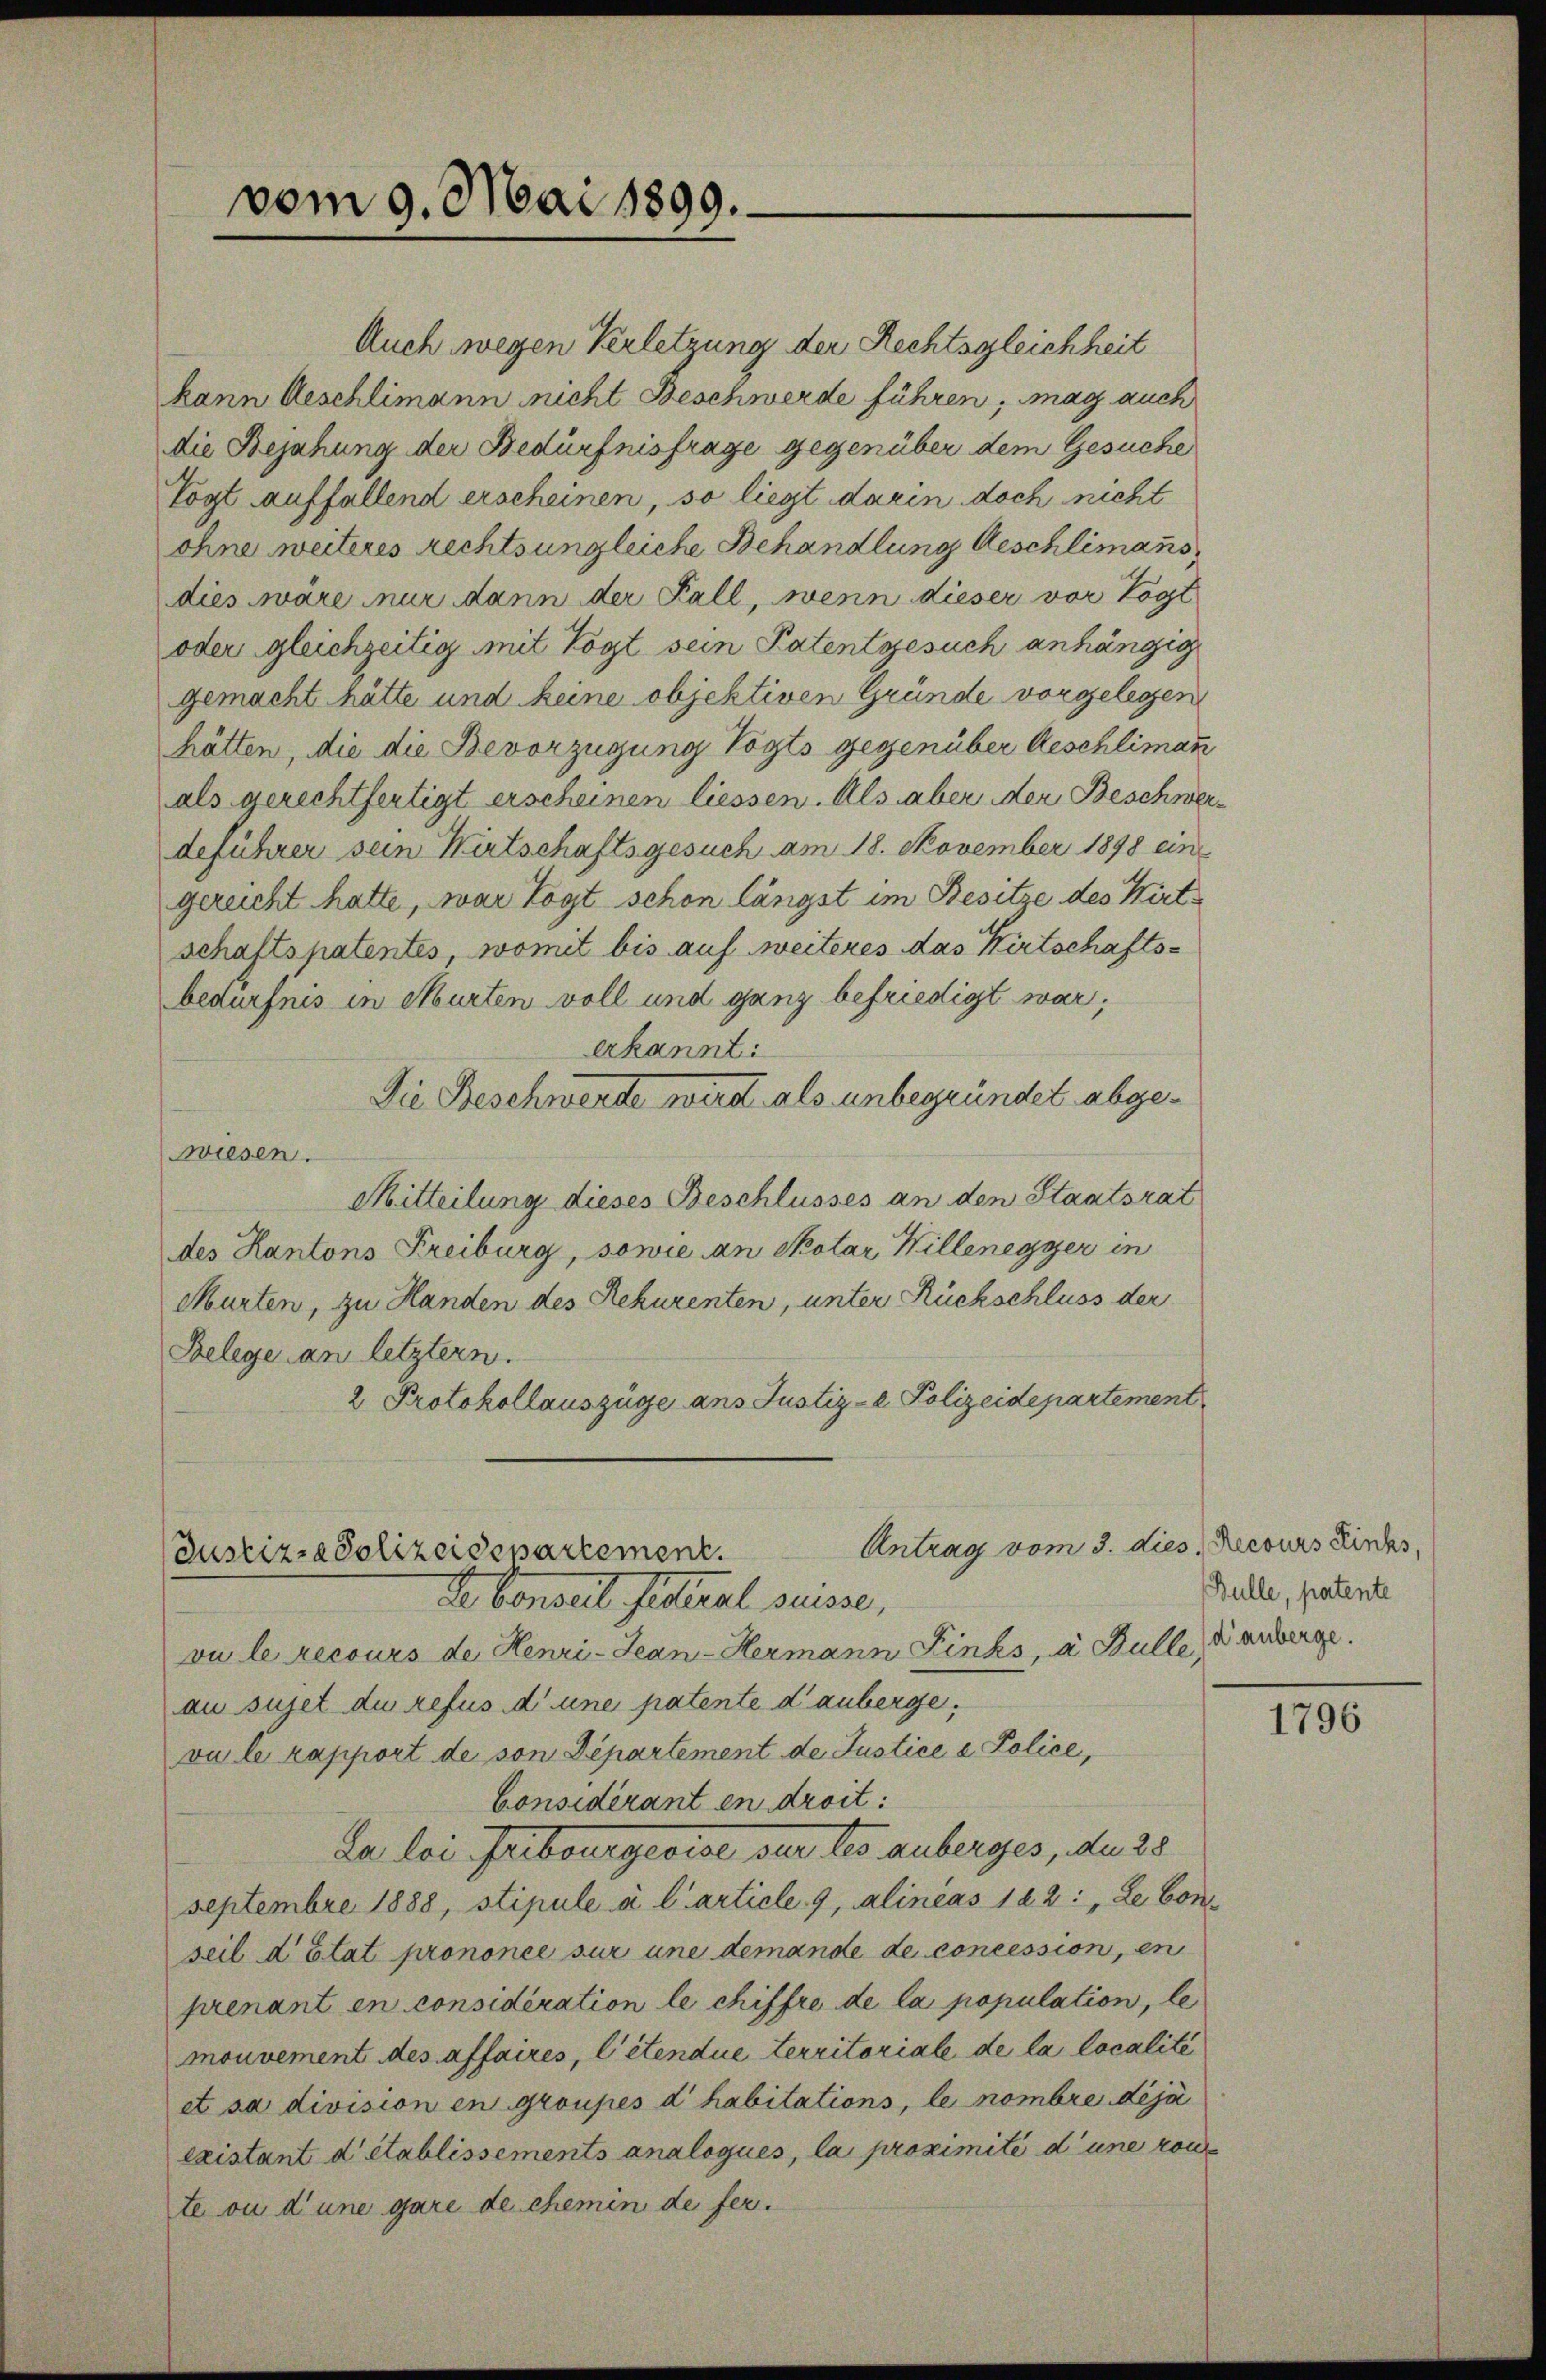
vom 9. Mai 1899.

Justiz-Polizeidepartement.
De Conseil sitteral suisse,

Auch wegen Verletzung der Rechtsgleichheit
kann Aeschlimann nicht Beschwerde führen, mag auch
die Bejahung der Bedürfnisfrage gegenüber dem Gesuche
Togt auffallend erscheinen, so liegt darin doch nicht
ohne weiteres rechts ungleiche Behandlung Aeschlimanis
dies wäre nur dann der Fall, wenn dieser vor Vogt
oder gleichzeitig mit Vogt sein Patentgesuch anhängig
gemacht hätte und keine objektiven Gründe vorgelegen
hätten, die die Bevorzügung Vogts gegenüber Aeschliman
als gerechtfertigt erscheinen liessen. Als aber der Beschwerdeführer sein Wirtschaftsgesuch am 18. November 1898 ein
gereicht hatte, war Vogt schon längst im Besitze des Kirtschaftspatentes, womit bis auf weiteres das Kirtschaftsbedürfnis in Murten voll und ganz befriedigt war;
erkannt:
Die Beschwerde wird als unbegründet abgewiesen.
Mitteilung dieses Beschlusses an den Staatsrat
des Kantons Freiburg, sowie an Skotar Willenegger in
Murten, zu Handen des Rekurenten, unter Rückschluss der
Belege an letztern.
2 Protokollauszüge ans Justiz- Polizeidepartement

vu le recours de Henri-Jean - Hermann Links, a. Bulle, di anberge.
au sujet du refus d’une patente di anberge,
vu le rapport de son Departement de Justice e Police,
Considérant en droit:
Da bei Fribourgeoise der des anberges, den 25
Septembre 1888, stipulé à l’article 9, Alineas 182 : „Le bon
seil d’Etat prononce sur une demande de concession, en
prenant en considération le chiffre de la population, le
mouvement des affaires, l’étendue territoriale de la localité
et sa division en groupes d’habitations, le nombre déjà
existant d’établissements analogues, la proximité d’une rou
te ou d’une gare de chemin de fer¬

Antrag vom 3. dies, Recours Links,

Bulle, patente

1796